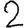
Digit: 2